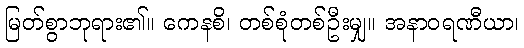
မြတ်စွာဘုရား၏။ ကေနစိ၊ တစ်စုံတစ်ဦးမျှ။ အနာဝရဏီယာ၊